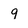
Character: 9